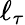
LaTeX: \ell_{\tau}